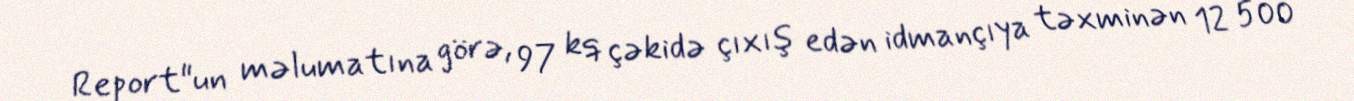
Report"un məlumatına görə, 97 kq çəkidə çıxış edən idmançıya təxminən 12 500